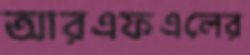
আরএফএলের